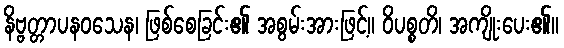
နိဗ္ဗတ္တာပနဝသေန၊ ဖြစ်စေခြင်း၏ အစွမ်းအားဖြင့်။ ဝိပစ္စတိ၊ အကျိုးပေး၏။